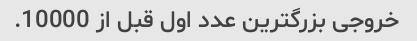
خروجی بزرگترین عدد اول قبل از 10000.